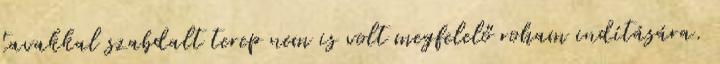
tavakkal szabdalt terep nem is volt megfelelő roham indítására.